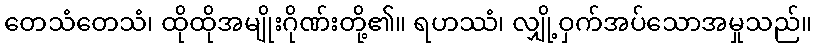
တေသံတေသံ၊ ထိုထိုအမျိုးဂိုဏ်းတို့၏။ ရဟဿံ၊ လျှို့ဝှက်အပ်သောအမှုသည်။